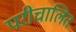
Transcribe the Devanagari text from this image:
परीचालित